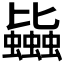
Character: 𧔯